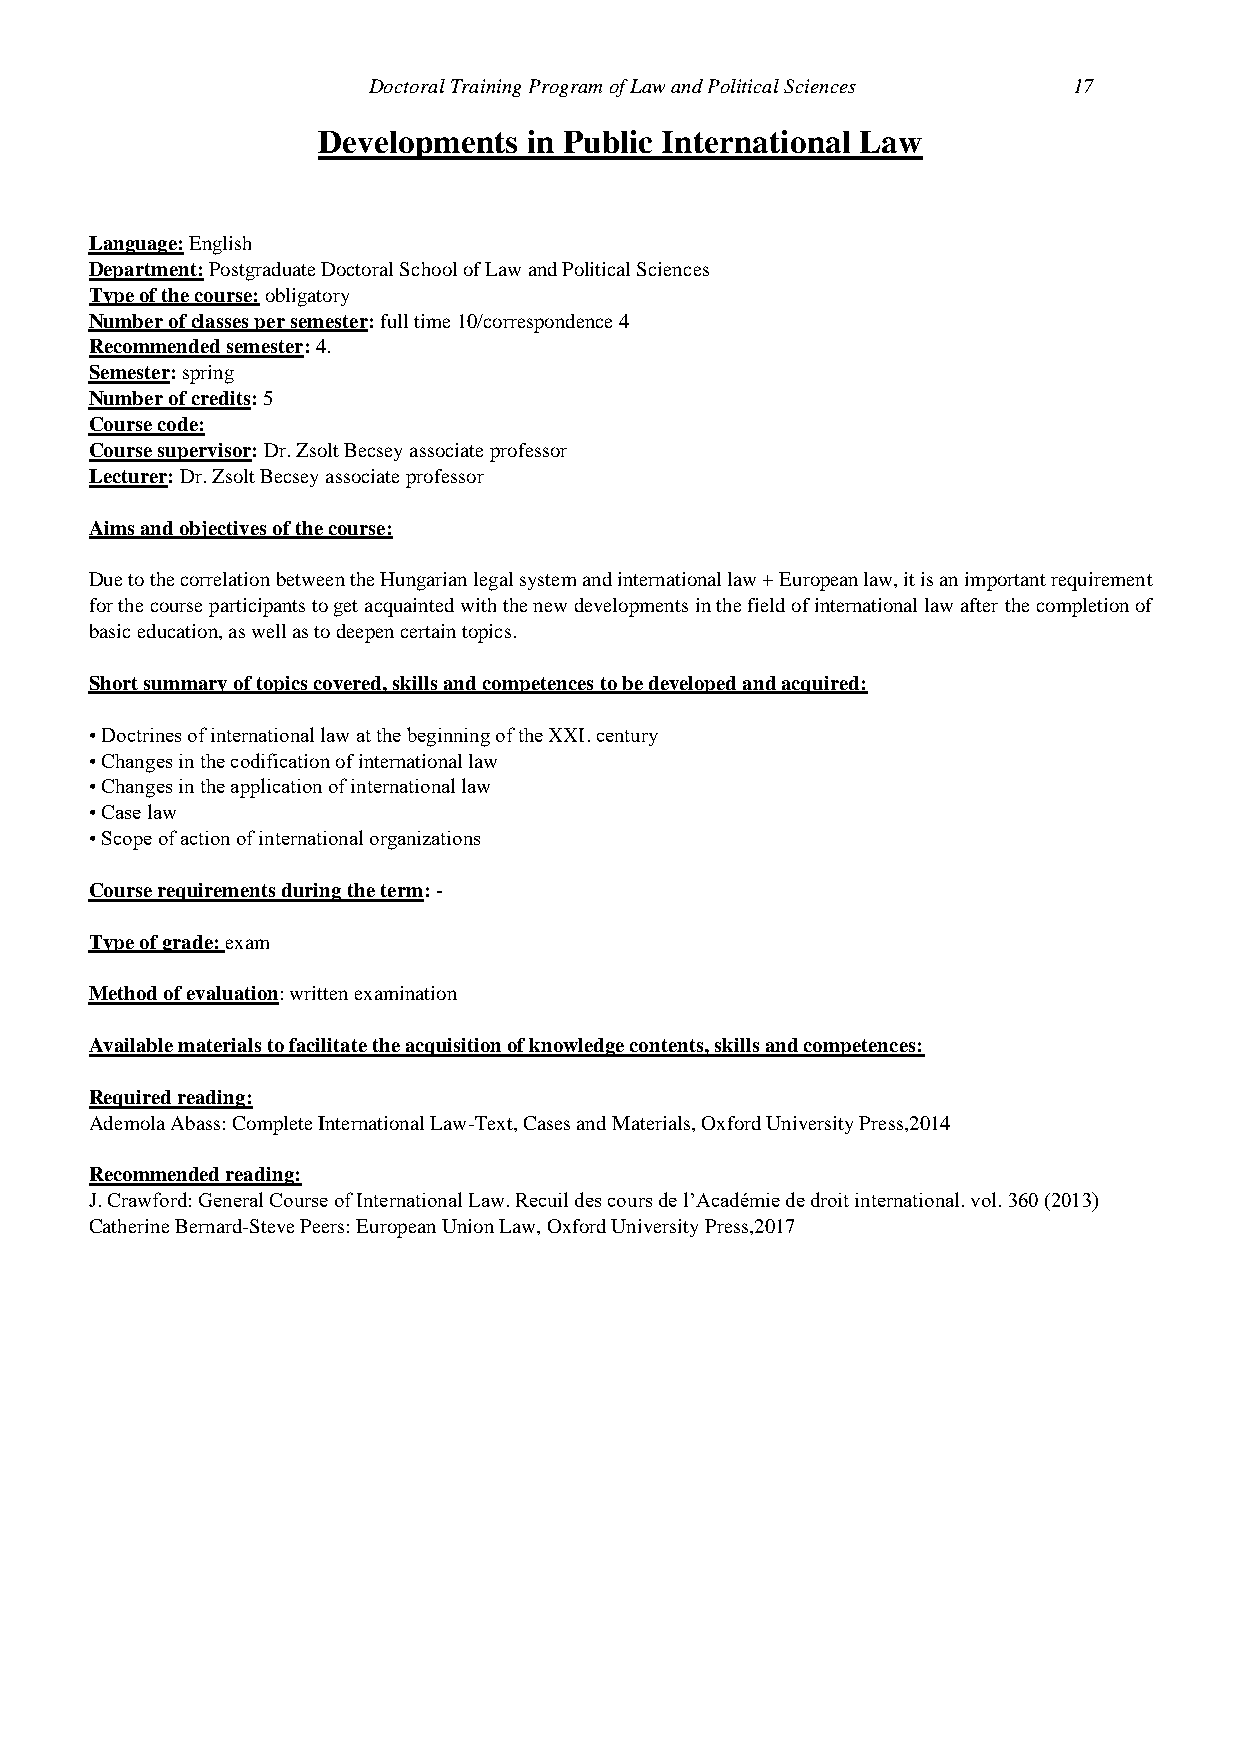
Doctoral Training Program of Law and Political Sciences 17
 Developments  in Public International Law
 Language: English
 Department: Postgraduate Doctoral School of Law and Political Sciences
 Type of the course: obligatory
 Number of classes per semester: full time 10/correspondence 4
 Recommended semester: 4.
 Semester: spring
 Number of credits: 5
 Course code:
 Course supervisor: Dr. Zsolt Becsey associate professor
 Lecturer: Dr. Zsolt Becsey associate professor
 Aims and objectives of the course:
 Due to the correlation between the Hungarian legal system and international law + European law, it is an important requirement
 for the course participants to get acquainted with the new developments in the field of international law after the completion of
 basic education, as well as to deepen certain topics.
 Short summary of topics covered, skills and competences to be developed and acquired:
 • Doctrines of international law at the beginning of the XXI. century
 • Changes in the codification of international law
 • Changes in the application of international law
 • Case law
 • Scope of action of international organizations
 Course requirements during the term: -
 Type of grade: exam
 Method of evaluation: written examination
 Available materials to facilitate the acquisition of knowledge contents, skills and competences:
 Required reading:
 Ademola Abass: Complete International Law-Text, Cases and Materials, Oxford University Press,2014
 Recommended reading:
 J. Crawford: General Course of International Law. Recuil des cours de l’Académie de droit international. vol. 360 (2013)
 Catherine Bernard-Steve Peers: European Union Law, Oxford University Press,2017